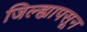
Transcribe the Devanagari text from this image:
जिल्ह्यापसून